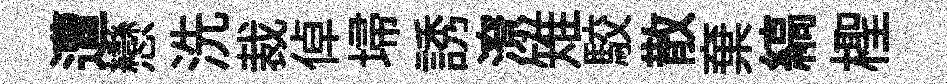
遭戀洗裁倬埽誘潦雉駮散棄縞檉